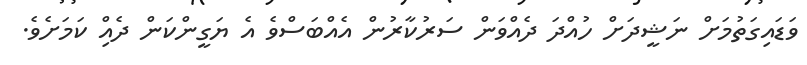
ވަޑައިގަތުމަށް ނަޝީދަށް ހުއްދަ ދެއްވަން ސަރުކާރުން އެއްބަސްވެ އެ ޔަގީންކަން ދެއްި ކަމަށެވެ.